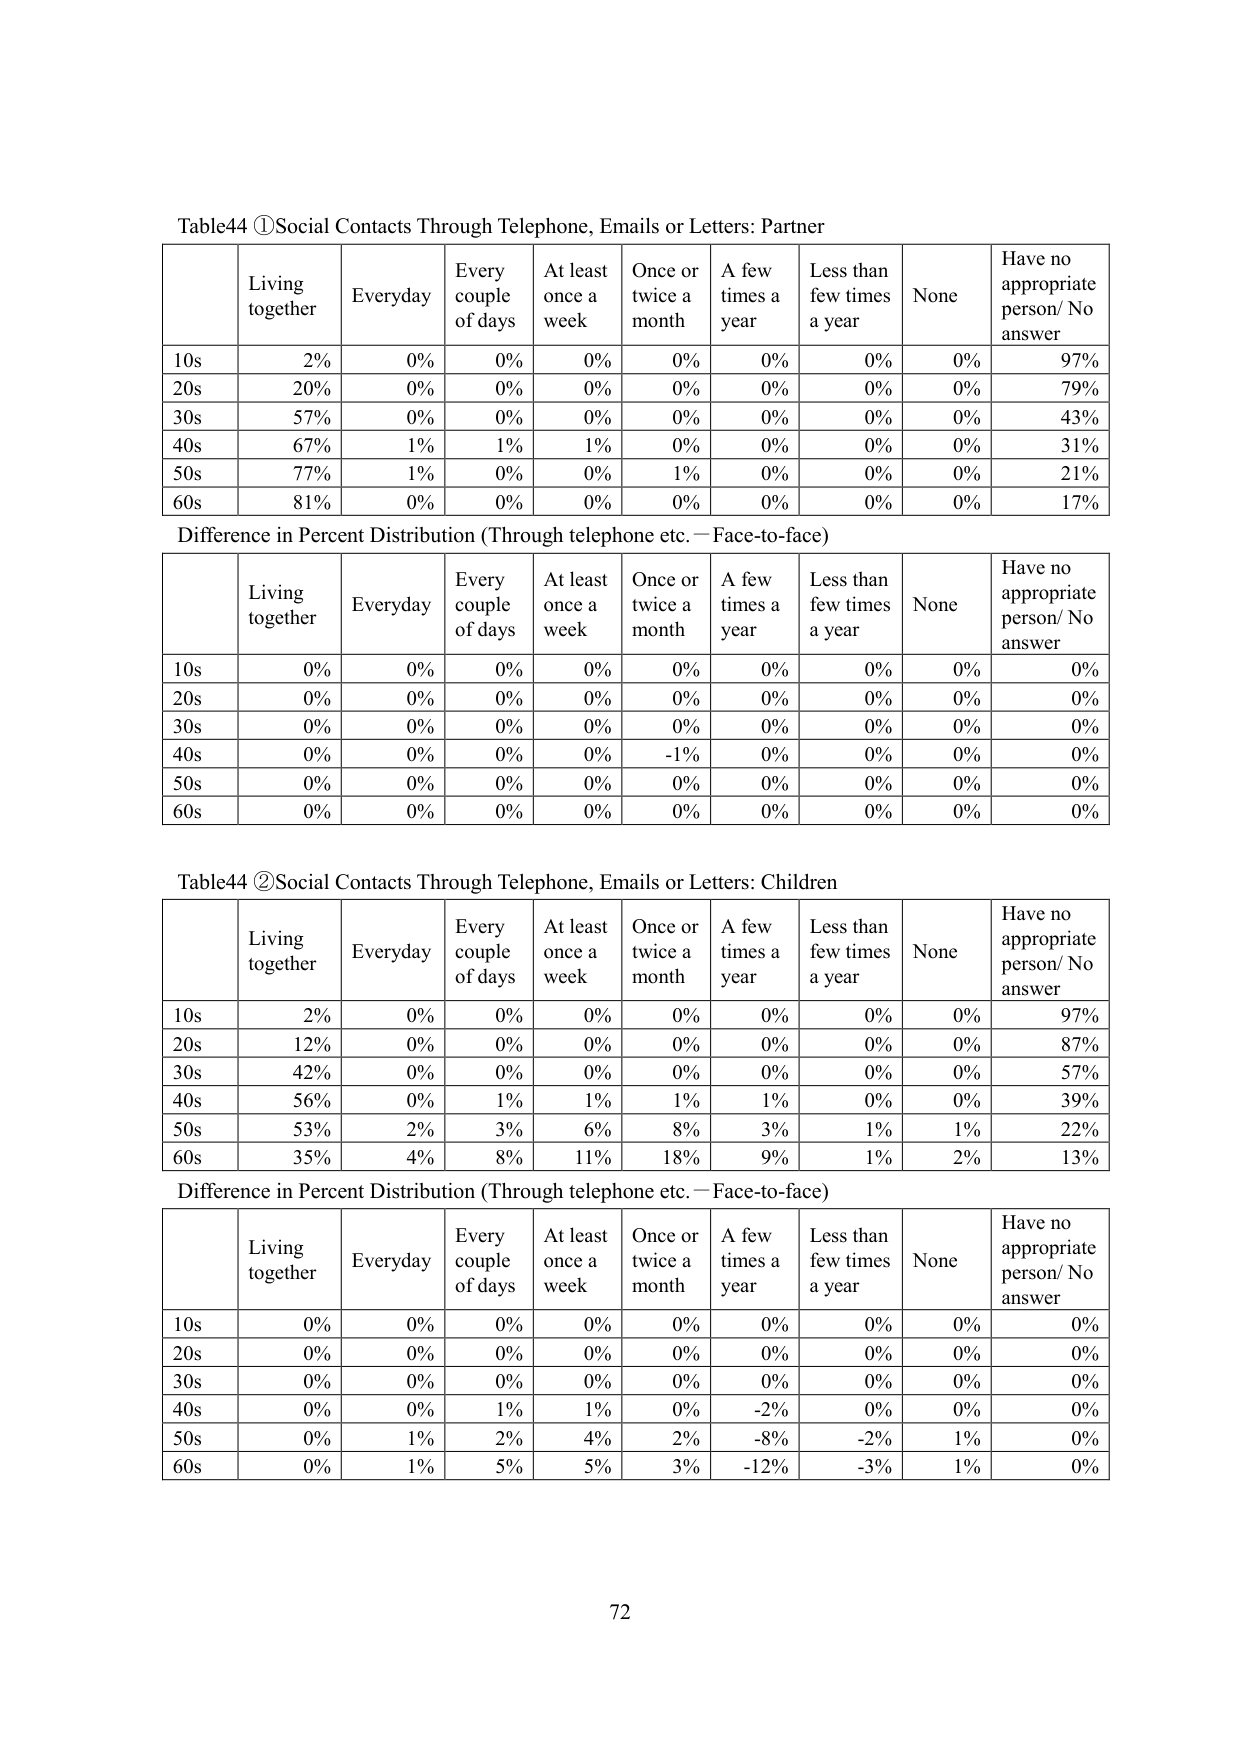
Table44 ①Social Contacts Through Telephone, Emails or Letters: Partner

| | Living together | Everyday | Every couple of days | At least once a week | Once or twice a month | A few times a year | Less than few times a year | None | Have no appropriate person/ No answer |
|---|---|---|---|---|---|---|---|---|---|
| 10s | 2% | 0% | 0% | 0% | 0% | 0% | 0% | 0% | 97% |
| 20s | 20% | 0% | 0% | 0% | 0% | 0% | 0% | 0% | 79% |
| 30s | 57% | 0% | 0% | 0% | 0% | 0% | 0% | 0% | 43% |
| 40s | 67% | 1% | 1% | 1% | 0% | 0% | 0% | 0% | 31% |
| 50s | 77% | 1% | 0% | 1% | 1% | 0% | 0% | 0% | 21% |
| 60s | 81% | 0% | 0% | 0% | 0% | 0% | 0% | 0% | 17% |

Difference in Percent Distribution (Through telephone etc. — Face-to-face)

| | Living together | Everyday | Every couple of days | At least once a week | Once or twice a month | A few times a year | Less than few times a year | None | Have no appropriate person/ No answer |
|---|---|---|---|---|---|---|---|---|---|
| 10s | 0% | 0% | 0% | 0% | 0% | 0% | 0% | 0% | 0% |
| 20s | 0% | 0% | 0% | 0% | 0% | 0% | 0% | 0% | 0% |
| 30s | 0% | 0% | 0% | 0% | 0% | 0% | 0% | 0% | 0% |
| 40s | 0% | 0% | 0% | 0% | -1% | 0% | 0% | 0% | 0% |
| 50s | 0% | 0% | 0% | 0% | 0% | 0% | 0% | 0% | 0% |
| 60s | 0% | 0% | 0% | 0% | 0% | 0% | 0% | 0% | 0% |

Table44 ②Social Contacts Through Telephone, Emails or Letters: Children

| | Living together | Everyday | Every couple of days | At least once a week | Once or twice a month | A few times a year | Less than few times a year | None | Have no appropriate person/ No answer |
|---|---|---|---|---|---|---|---|---|---|
| 10s | 2% | 0% | 0% | 0% | 0% | 0% | 0% | 0% | 97% |
| 20s | 12% | 0% | 0% | 0% | 0% | 0% | 0% | 0% | 87% |
| 30s | 42% | 0% | 0% | 0% | 0% | 0% | 0% | 0% | 57% |
| 40s | 56% | 0% | 1% | 1% | 1% | 1% | 0% | 0% | 39% |
| 50s | 53% | 2% | 3% | 6% | 8% | 3% | 1% | 1% | 22% |
| 60s | 35% | 4% | 8% | 11% | 18% | 9% | 1% | 2% | 13% |

Difference in Percent Distribution (Through telephone etc. — Face-to-face)

| | Living together | Everyday | Every couple of days | At least once a week | Once or twice a month | A few times a year | Less than few times a year | None | Have no appropriate person/ No answer |
|---|---|---|---|---|---|---|---|---|---|
| 10s | 0% | 0% | 0% | 0% | 0% | 0% | 0% | 0% | 0% |
| 20s | 0% | 0% | 0% | 0% | 0% | 0% | 0% | 0% | 0% |
| 30s | 0% | 0% | 0% | 0% | 0% | 0% | 0% | 0% | 0% |
| 40s | 0% | 0% | 1% | 1% | 0% | -2% | 0% | 0% | 0% |
| 50s | 0% | 1% | 2% | 4% | 2% | -8% | -2% | 1% | 0% |
| 60s | 0% | 1% | 5% | 5% | 3% | -12% | -3% | 1% | 0% |

72